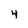
Character: 4